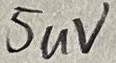
Text: 5uV